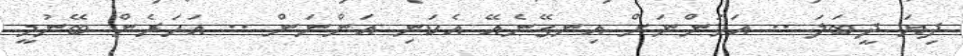
ދިޔަ ދީބަލަ .. އަހަންނަށް އިނގޭނެއޭ އެކަނި އަންނަން .. އަހަރެން ބޭނުމީ